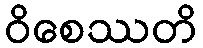
ဝိစေဿတိ